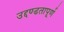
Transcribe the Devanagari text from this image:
उद्दण्डतापूर्ण